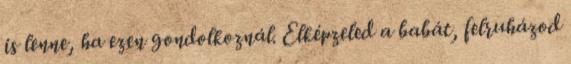
is lenne, ha ezen gondolkoznál. Elképzeled a babát, felruházod